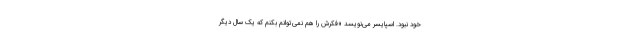
خود نبود. اسپایسر می‌نویسد «فکرش را هم نمی‌توانم بکنم که یک سال دیگر